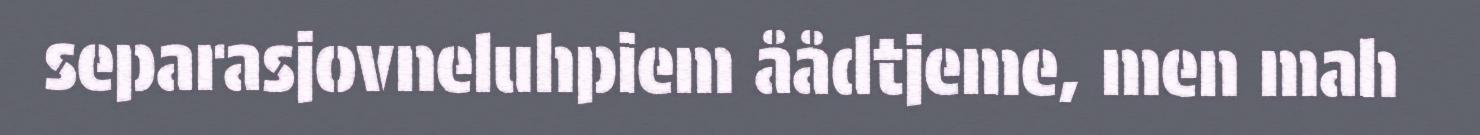
separasjovneluhpiem åådtjeme, men mah